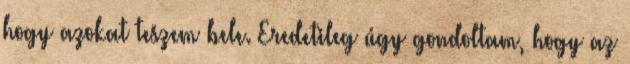
hogy azokat teszem bele. Eredetileg úgy gondoltam, hogy az